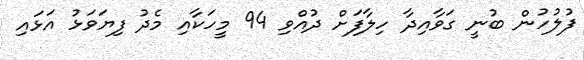
ފުލުހުން ބުނީ ގަވާއިދާ ހިލާފަށް ދުއްވި 94 މީހަކާއި މެދު ފިޔަވަޅު އަޅައި